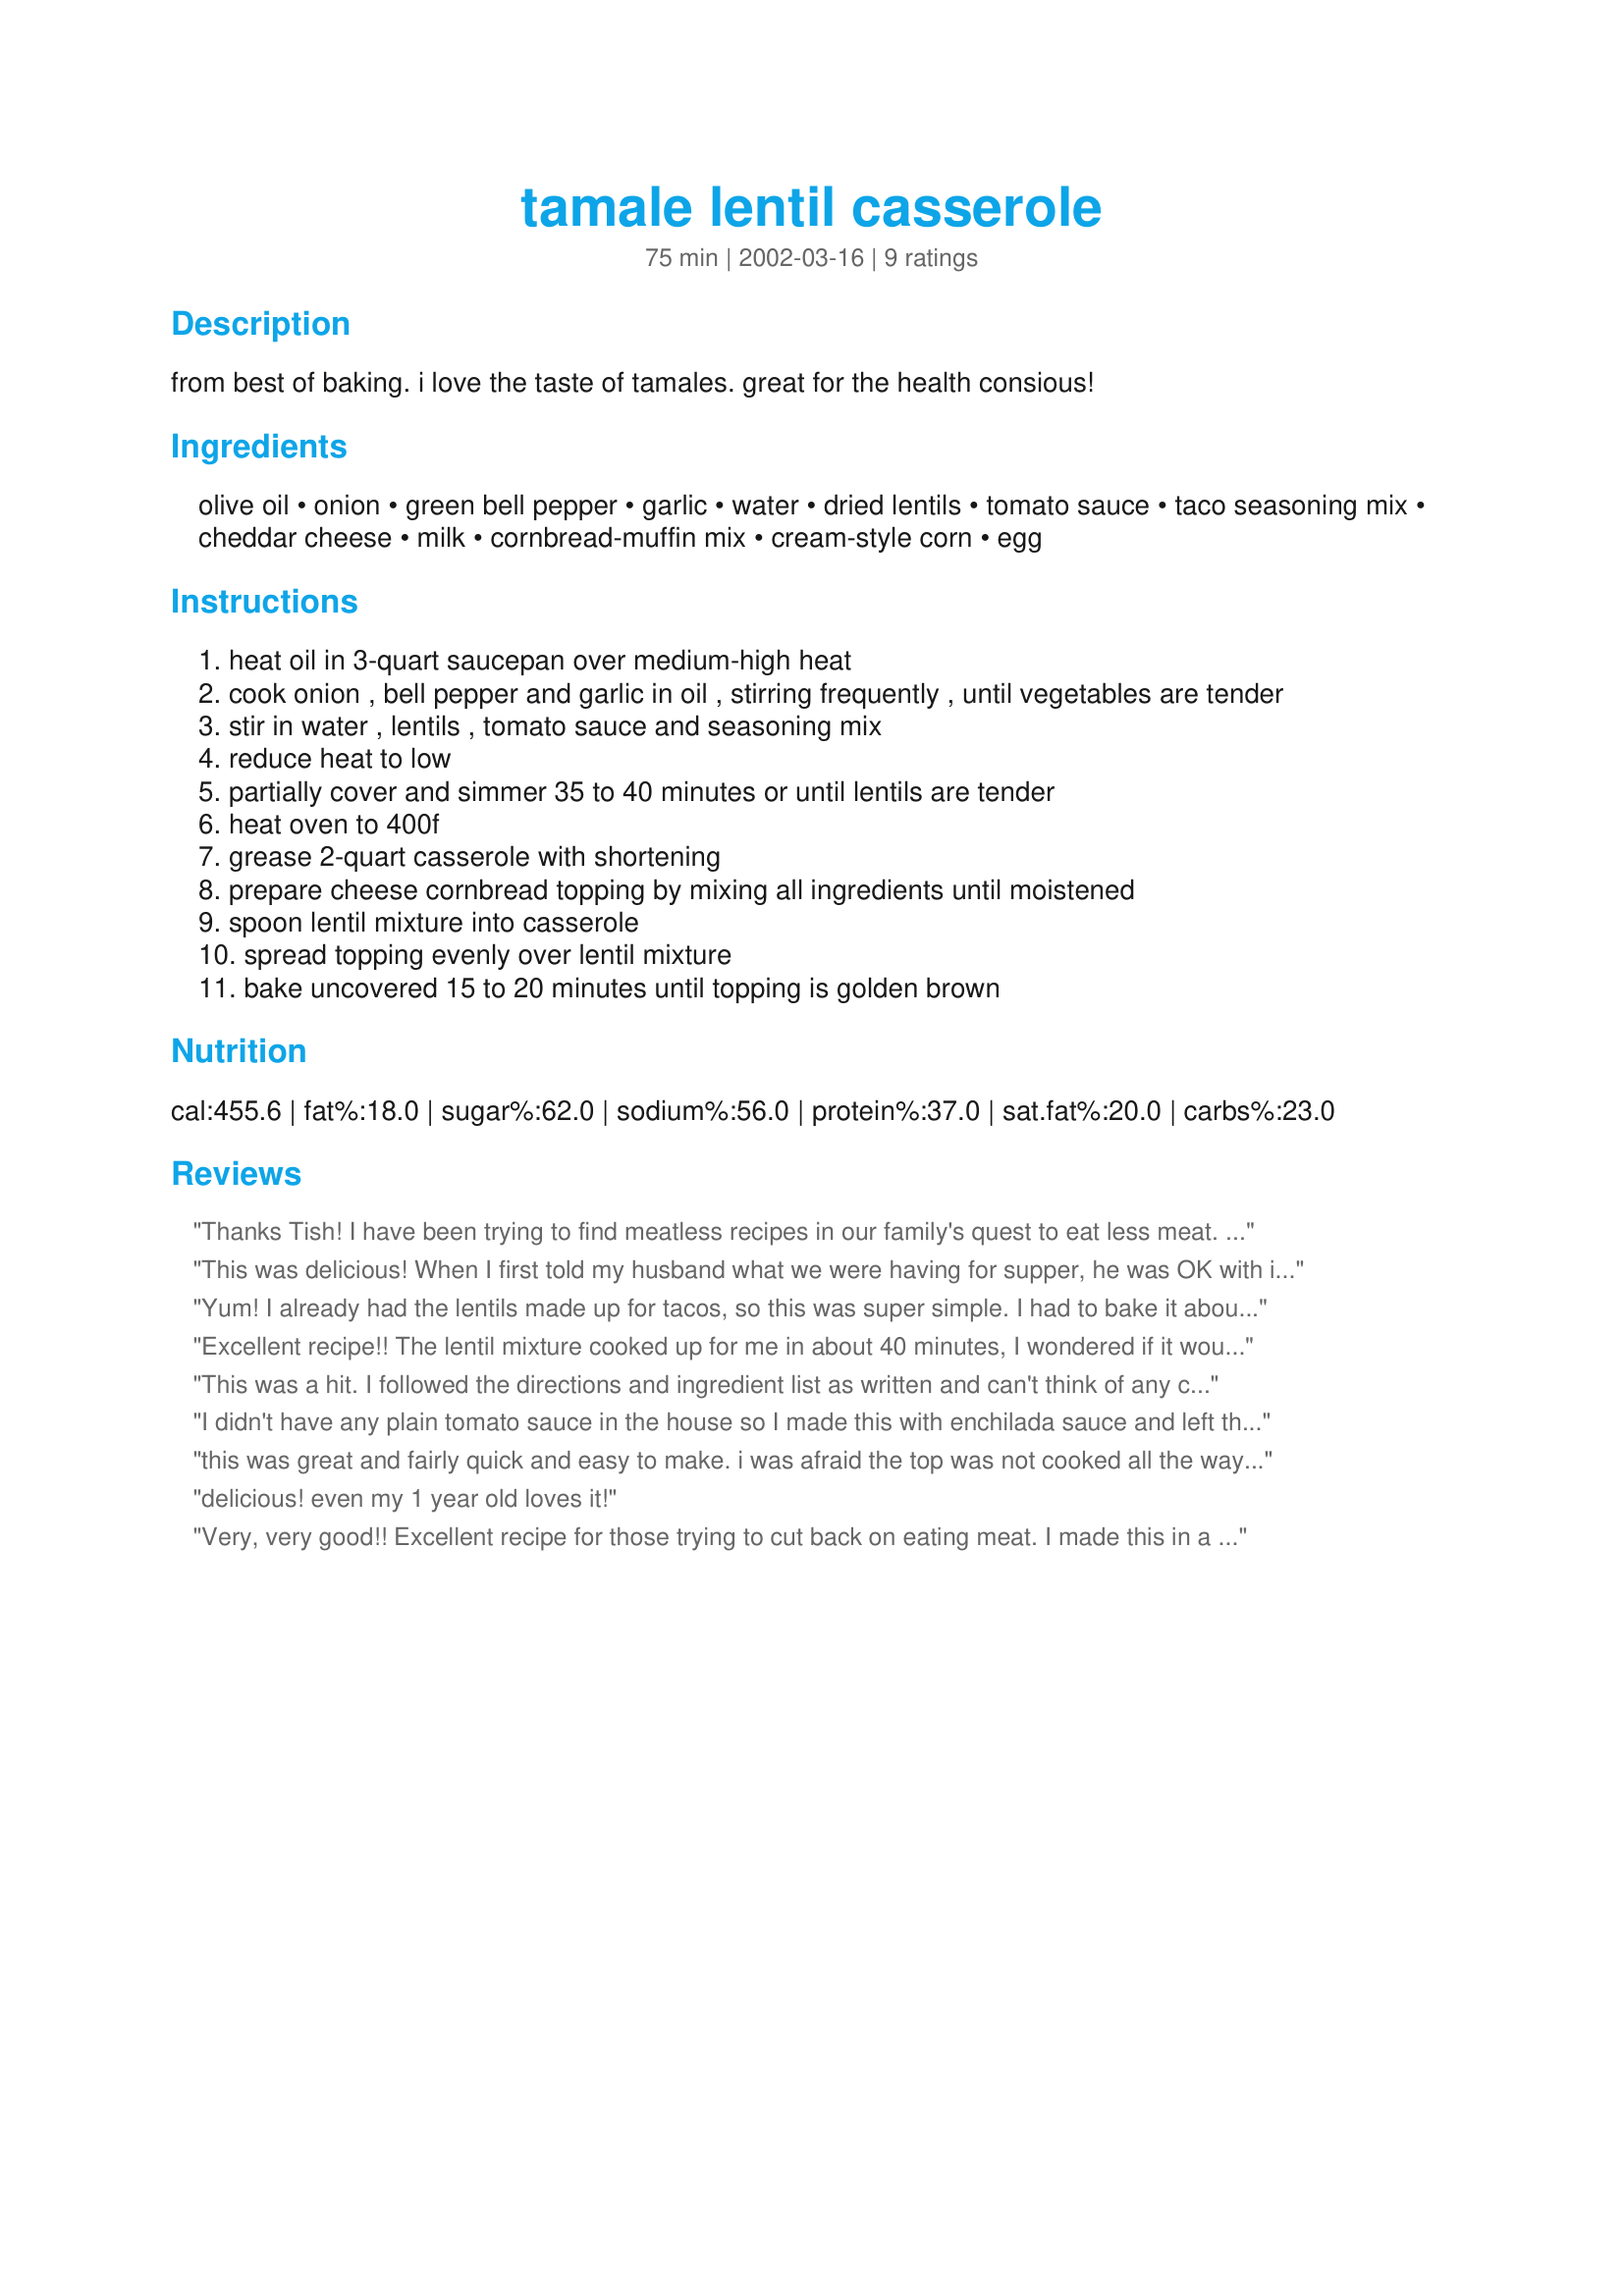
tamale lentil casserole
Preparation time: 75 minutes

from best of baking. i love the taste of tamales. great for the health consious!

Ingredients:
olive oil, onion, green bell pepper, garlic, water, dried lentils, tomato sauce, taco seasoning mix, cheddar cheese, milk, cornbread-muffin mix, cream-style corn, egg

Steps:
heat oil in 3-quart saucepan over medium-high heat
cook onion , bell pepper and garlic in oil , stirring frequently , until vegetables are tender
stir in water , lentils , tomato sauce and seasoning mix
reduce heat to low
partially cover and simmer 35 to 40 minutes or until lentils are tender
heat oven to 400f
grease 2-quart casserole with shortening
prepare cheese cornbread topping by mixing all ingredients until moistened
spoon lentil mixture into casserole
spread topping evenly over lentil mixture
bake uncovered 15 to 20 minutes until topping is golden brown

Reviews:
Thanks Tish! I have been trying to find meatless recipes in our family's quest to eat less meat. Really great flavor and my teens like it to. I really enjoyed it warmed up for lunch the next couple days. Will be making this again.
This was delicious! When I first told my husband what we were having for supper, he was OK with it but confessed he was a little afraid of the turn out. He and I both loved it. He had seconds and then had it for breakfast. This will please meat eaters no problem. Very flavorful and satisfying. It's a keeper!
Yum! I already had the lentils made up for tacos, so this was super simple. I had to bake it about 20 mins. longer for some reason. Topped it with fresh salsa and sour cream. Will be making this again. Thanks for posting!
Excellent recipe!! The lentil mixture cooked up for me in about 40 minutes, I wondered if it would thicken up and it did nicely. I put it in a 11X7 glass dish, thinking the topping would cook better if it wasn't too thick. Worked out well but there was a little bit of "runover" from the sauce. Will try a different baking dish next time. A definite keeper to be added to our vegetarian collection of recipes.
This was a hit. I followed the directions and ingredient list as written and can't think of any changes I would make next time around. This recipe is filling, economical, easy, and yummy...thanks for sharing it!
I didn't have any plain tomato sauce in the house so I made this with enchilada sauce and left the taco seasoning out. We thought it was great! I needed to bake it much longer though - like 35-40 minutes because the cornbread topping was still runny after 20 minutes.
this was great and fairly quick and easy to make. i was afraid the top was not cooked all the way but it was fine. i sprinkled cheese on the top of it as well.
great vegetarian dish.
delicious! even my 1 year old loves it!
Very, very good!! Excellent recipe for those trying to cut back on eating meat. I made this in a glass 13 x 9 dish and used a 15 oz. can of creamed corn and it came out beautifully! Have made it twice so far! Even my "meat and potatoes" husband had 3 servings last night!!!
